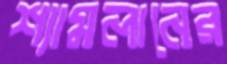
শ্যামলানের